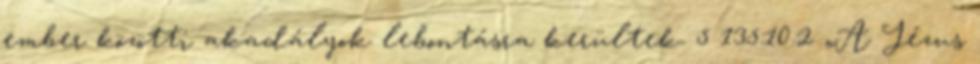
ember közötti akadályok lebontásra kerültek. 5 135:10.2 „A Jézus